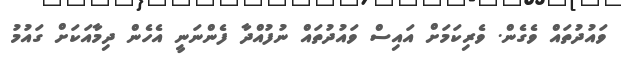
ވައުދުތައް ވެގެން. ވެރިކަމަށް އައިސް ވައުދުތައް ނުފުއްދާ ފެންނަނީ އެހެން ދިމާއަކަށް ގައުމު